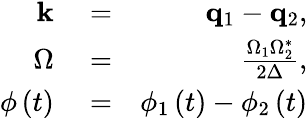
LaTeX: \begin{array}{rlr}{\mathbf{k}}&{{}=}&{\mathbf{q}_{1}-\mathbf{q}_{2},}\\ {\Omega}&{{}=}&{\frac{\Omega_{1}\Omega_{2}^{\ast}}{2\Delta},}\\ {\phi\left(t\right)}&{{}=}&{\phi_{1}\left(t\right)-\phi_{2}\left(t\right)}\end{array}